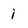
Character: i